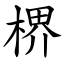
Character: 楐